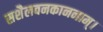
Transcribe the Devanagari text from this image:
सशैलवनकाननाम्।